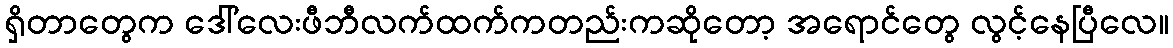
ရှိတာတွေက ဒေါ်လေးဖီဘီလက်ထက်ကတည်းကဆိုတော့ အရောင်တွေ လွင့်နေပြီလေ။